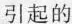
引起的